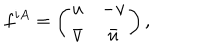
LaTeX: f ^ { i A } = \left( \begin{array} { c c } { { u } } & { { - v } } \\ { { \bar { v } } } & { { \bar { u } } } \\ \end{array} \right) ,